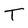
Character: T